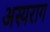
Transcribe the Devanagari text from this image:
अस्यराग